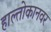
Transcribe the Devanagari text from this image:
हाल्तोकानवर